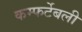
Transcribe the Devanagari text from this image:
कम्फर्टेबली